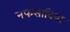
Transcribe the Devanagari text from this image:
नफसाविया